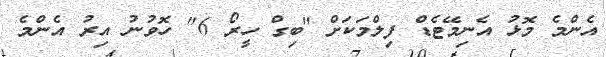
އެންމެ މޮޅު އެނިމޭޓެޑް ފިލްމަކަށް "ބިގް ހީރޯ 6" ހޮވުނު އިރު އެންމެ